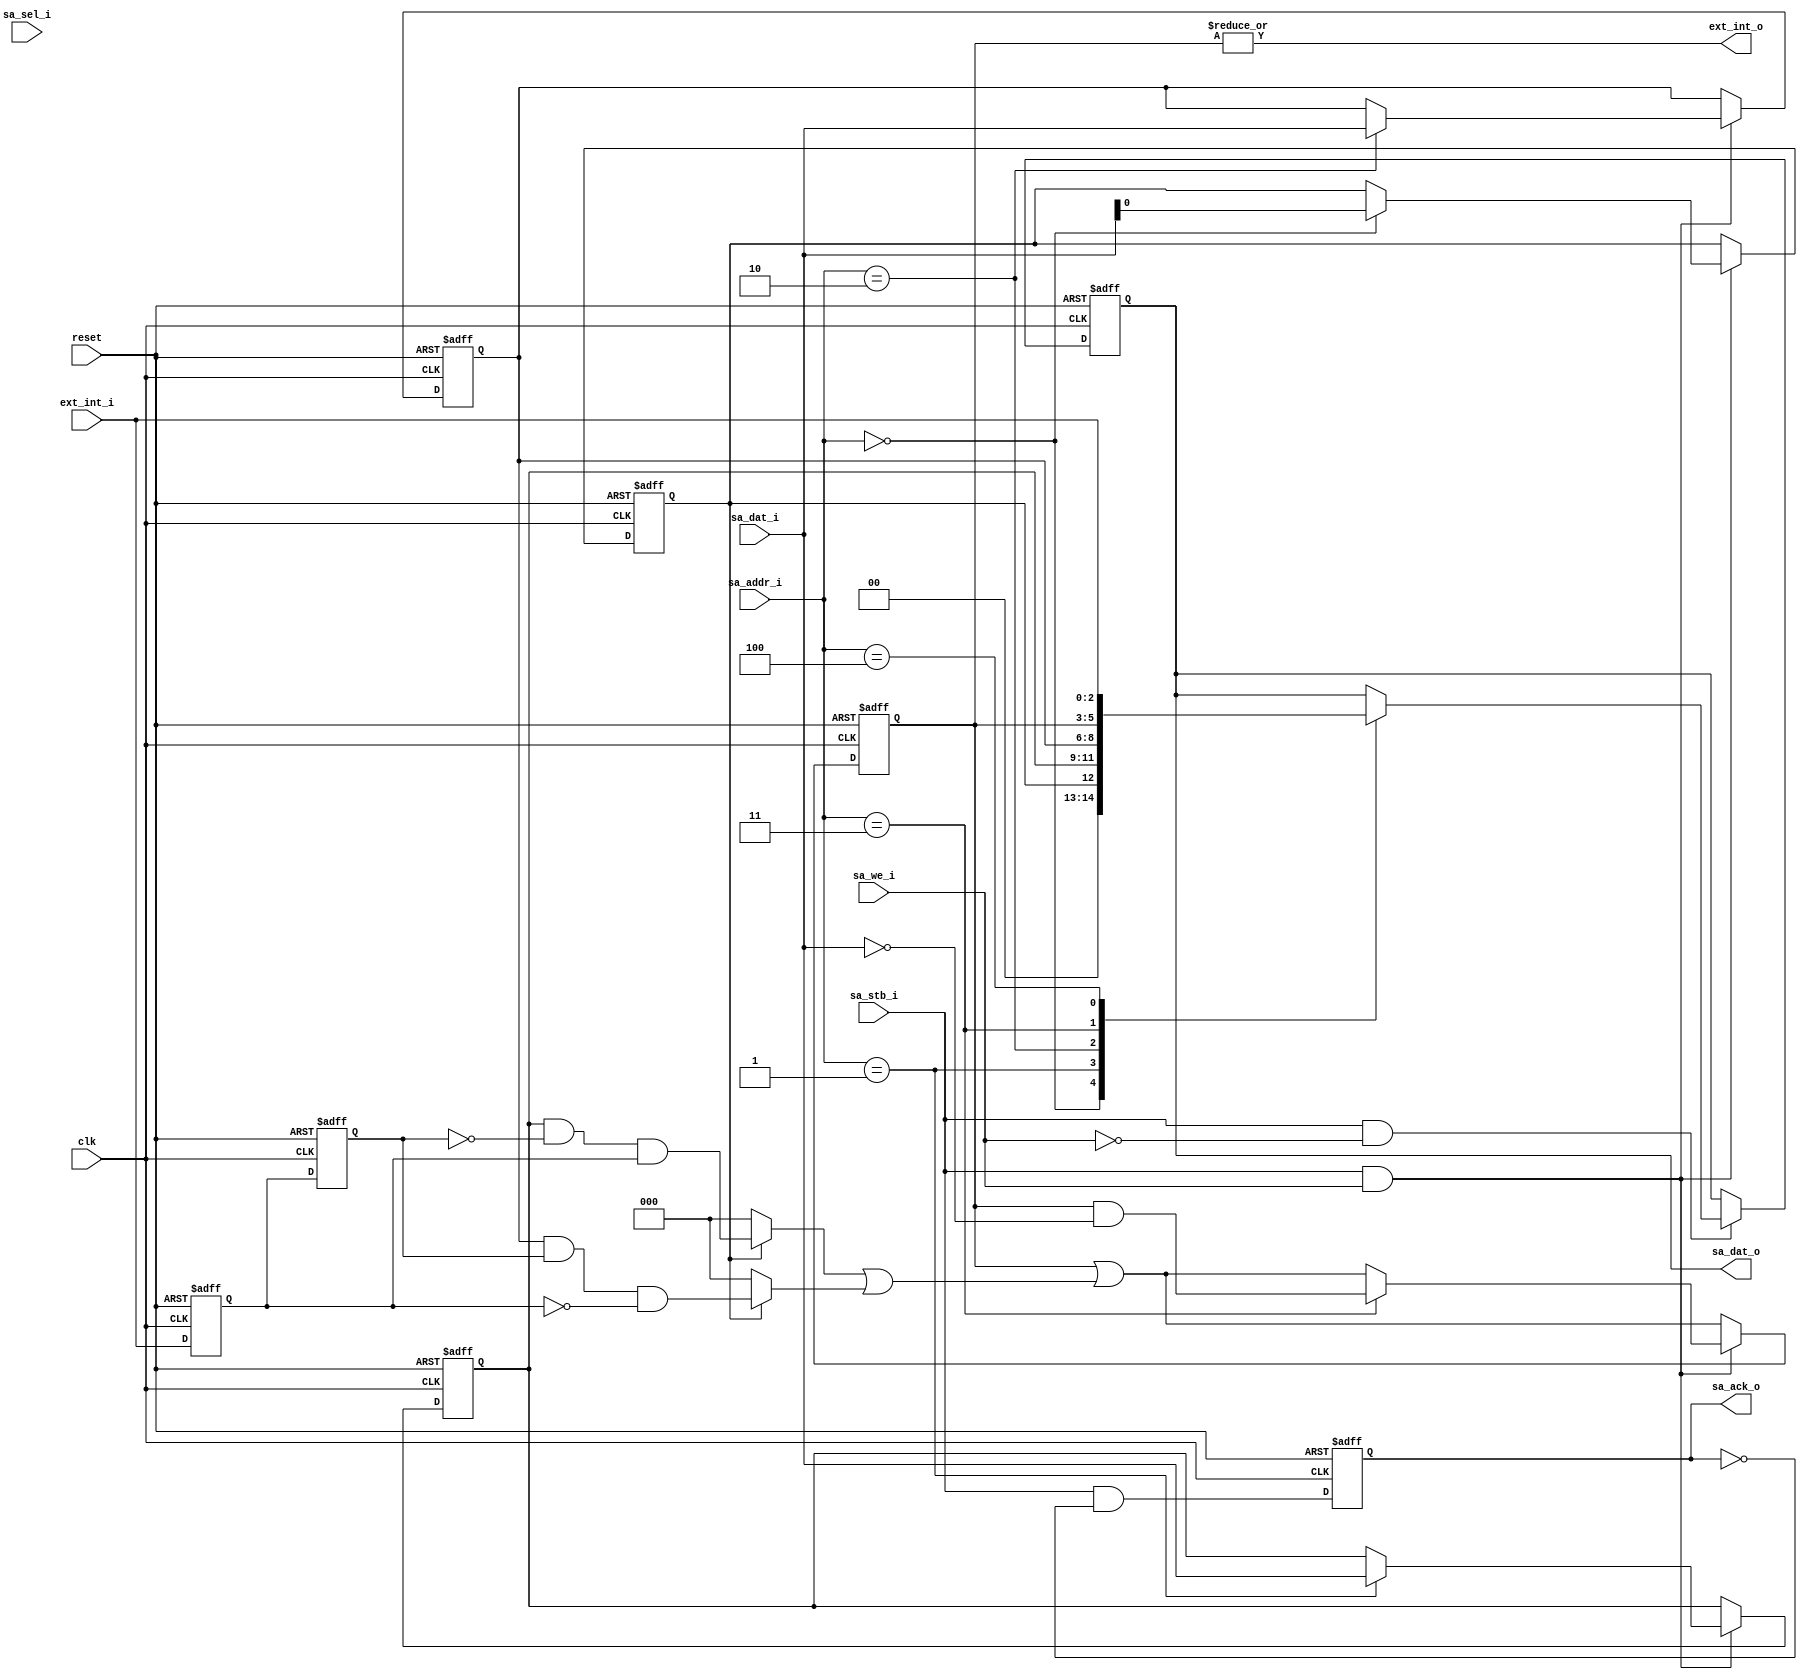
module ext_int #(
	parameter EXT_INT_NUM	=	3,//max 32
	parameter ADDR_WIDTH		=	3,
	parameter SEL_WIDTH		=	4,
	parameter DATA_WIDTH		=	EXT_INT_NUM

)(
	input 										clk,
	input											reset,
	//wishbone bus interface
	input		[DATA_WIDTH-1		:	0]		sa_dat_i,
	input		[SEL_WIDTH-1		:	0]		sa_sel_i,
	input		[ADDR_WIDTH-1		:	0]		sa_addr_i,	
	input											sa_stb_i,
	input											sa_we_i,
	output	[DATA_WIDTH-1		:	0]		sa_dat_o,
	output 	reg								sa_ack_o,
	//interrupt ports
	input 	[EXT_INT_NUM-1		:	0]		ext_int_i,  
	output										ext_int_o //output to the interrupt controller
	
);

//interrupt registers							
	
	localparam	[ADDR_WIDTH-1		:	0]		GER_REG_ADDR			=	0;
	localparam	[ADDR_WIDTH-1		:	0]		IER_RISING_REG_ADDR	=	1;
	localparam	[ADDR_WIDTH-1		:	0]		IER_FALLING_REG_ADDR	=	2;
	localparam	[ADDR_WIDTH-1		:	0]		ISR_REG_ADDR			=	3;
	localparam	[ADDR_WIDTH-1		:	0]		PIN_REG_ADDR			=	4;
	
		
	reg										ger,ger_next;
	reg	[EXT_INT_NUM-1			:	0]	ier_rise,ier_fall,isr,read,int_reg1,int_reg2;//2	
	reg	[EXT_INT_NUM-1			:	0]	ier_rise_next,ier_fall_next,isr_next,read_next,int_reg1_next,int_reg2_next;
	
	wire 	[EXT_INT_NUM-1			:	0]	triggered,rise_edge,fall_edge;
	
	assign rise_edge = (ger)? 	ier_rise & ~int_reg2	& int_reg1	:	{EXT_INT_NUM{1'b0}};
	assign fall_edge = (ger)?	ier_fall & int_reg2 	& ~int_reg1	: 	{EXT_INT_NUM{1'b0}};
	
	assign	triggered	=	rise_edge |  fall_edge;
	
	always @ (posedge clk or posedge reset) begin
		if(reset) begin 
			ger		<=	1'b0;
			ier_rise	<= {EXT_INT_NUM{1'b0}};
			ier_fall	<= {EXT_INT_NUM{1'b0}};
			isr		<=	{EXT_INT_NUM{1'b0}};
			read		<=	{EXT_INT_NUM{1'b0}};	
			int_reg1	<=	{EXT_INT_NUM{1'b0}};
			int_reg2	<=	{EXT_INT_NUM{1'b0}};	
			sa_ack_o	<=	1'b0;
			
		end else begin 
			ger		<=	ger_next;
			ier_rise	<= ier_rise_next;
			ier_fall	<=	ier_fall_next;
			isr		<=	isr_next;
			read		<=	read_next;	
			int_reg1	<=	int_reg1_next;
			int_reg2	<=	int_reg2_next;	
			sa_ack_o	<=	 sa_stb_i && ~sa_ack_o;	
		end//			
	end//always
	
	always@(*) begin 
		int_reg2_next 	= int_reg1;
		int_reg1_next 	= ext_int_i;
		ger_next			= ger;
		ier_rise_next	= ier_rise;
		ier_fall_next	= ier_fall;
		isr_next			= isr | triggered; // set isr if the intrrupt is triggered 
		read_next		= read;
		if(sa_stb_i && sa_we_i ) begin 
			if( sa_addr_i 	==	GER_REG_ADDR			)		ger_next			= 	sa_dat_i[0];
			if( sa_addr_i 	== IER_RISING_REG_ADDR 	)		ier_rise_next	=	sa_dat_i[EXT_INT_NUM-1'b1		:	0];
			if( sa_addr_i 	== IER_FALLING_REG_ADDR	)		ier_fall_next	=	sa_dat_i[EXT_INT_NUM-1'b1		:	0];
			if( sa_addr_i 	== ISR_REG_ADDR  			) 		isr_next			=	isr & ~sa_dat_i[EXT_INT_NUM-1'b1		:	0];// reset isr by writting 1
		end
		if(sa_stb_i && ~sa_we_i) begin 
			case(sa_addr_i) 
				GER_REG_ADDR:				read_next	=	{{(EXT_INT_NUM-1){1'b0}},ger};
				IER_RISING_REG_ADDR:		read_next	=	ier_rise;
				IER_FALLING_REG_ADDR:	read_next	=	ier_fall;
				ISR_REG_ADDR:				read_next	=	isr;
				PIN_REG_ADDR:				read_next	=	ext_int_i;
				default						read_next	=	read; 
			endcase
		end
	end//always
				
			
	
	assign sa_dat_o = read;
	assign ext_int_o = |isr;
		
	
endmodule